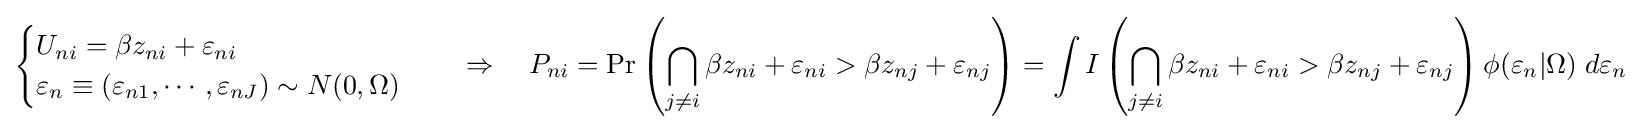
{\begin{cases}U_{ni}=\beta z_{ni}+\varepsilon _{ni}\\\varepsilon _{n}\equiv (\varepsilon _{n1},\cdots ,\varepsilon _{nJ})\sim N(0,\Omega )\end{cases}}\quad \Rightarrow \quad P_{ni}=\Pr \left(\bigcap _{j\neq i}\beta z_{ni}+\varepsilon _{ni}>\beta z_{nj}+\varepsilon _{nj}\right)=\int I\left(\bigcap _{j\neq i}\beta z_{ni}+\varepsilon _{ni}>\beta z_{nj}+\varepsilon _{nj}\right)\phi (\varepsilon _{n}|\Omega )\;d\varepsilon _{n}